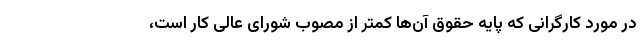
در مورد کارگرانی که پایه حقوق آن‌ها کمتر از مصوب شورای عالی کار است،